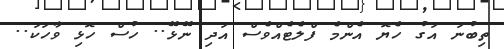
ތިބުނަ އަގު ހެޔޮ އެންމެ ފްލެޓެއްވެސް އަދި ނޭޅޭ.. ހުސް ހޮޅި ވާހަކަ..